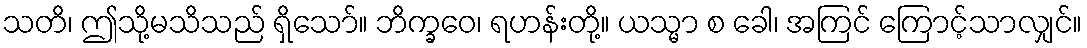
သတိ၊ ဤသို့မသိသည် ရှိသော်။ ဘိက္ခဝေ၊ ရဟန်းတို့။ ယသ္မာ စ ခေါ၊ အကြင် ကြောင့်သာလျှင်။